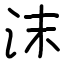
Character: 沫